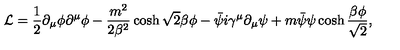
{ \cal L } = \frac 1 2 \partial _ { \mu } \phi \partial ^ { \mu } \phi - \frac { m ^ { 2 } } { 2 \beta ^ { 2 } } \cosh \sqrt 2 \beta \phi - \bar { \psi } i \gamma ^ { \mu } \partial _ { \mu } \psi + m \bar { \psi } \psi \cosh \frac { \beta \phi } { \sqrt 2 } ,